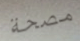
مصحة